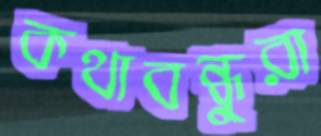
কথাবন্ধুরা